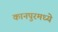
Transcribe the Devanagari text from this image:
कानपुरमध्ये